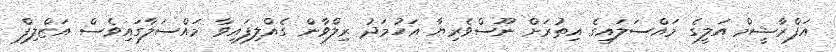
އަފްރާޝީމް އަލީގެ މައްސަލައިގެ އިތުރަށް ނޫސްވެރިޔާ އަހުމަދު ރިލްވާން ގެއްލިފައިވާ މައްސަލާގައިވެސް އަޒްލިފް